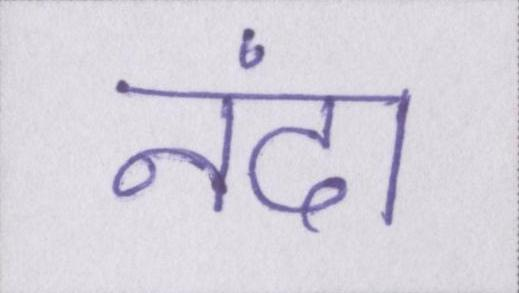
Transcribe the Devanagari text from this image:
नंदा